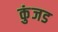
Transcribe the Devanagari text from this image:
कुंजड